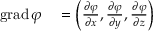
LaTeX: \begin{array} { r l } { \operatorname { g r a d } \varphi } & { { } = \left( { \frac { \partial \varphi } { \partial x } } , { \frac { \partial \varphi } { \partial y } } , { \frac { \partial \varphi } { \partial z } } \right) } \end{array}